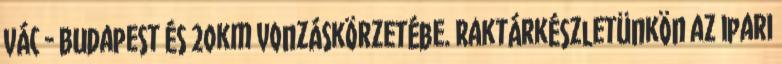
Vác - Budapest és 20km vonzáskörzetébe. Raktárkészletünkön az ipari